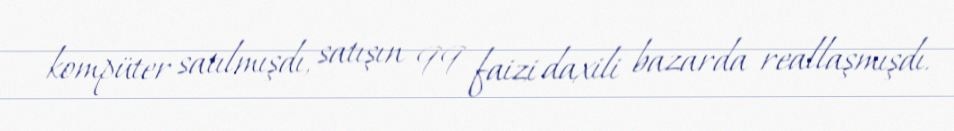
kompüter satılmışdı, satışın 99 faizi daxili bazarda reallaşmışdı.